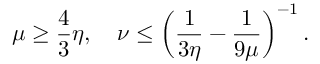
\mu \geq \frac { 4 } { 3 } \eta , \quad \nu \leq \left( \frac { 1 } { 3 \eta } - \frac { 1 } { 9 \mu } \right) ^ { - 1 } .